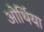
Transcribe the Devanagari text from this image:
ओर्थिया